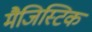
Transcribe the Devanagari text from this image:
मैजिस्टिक